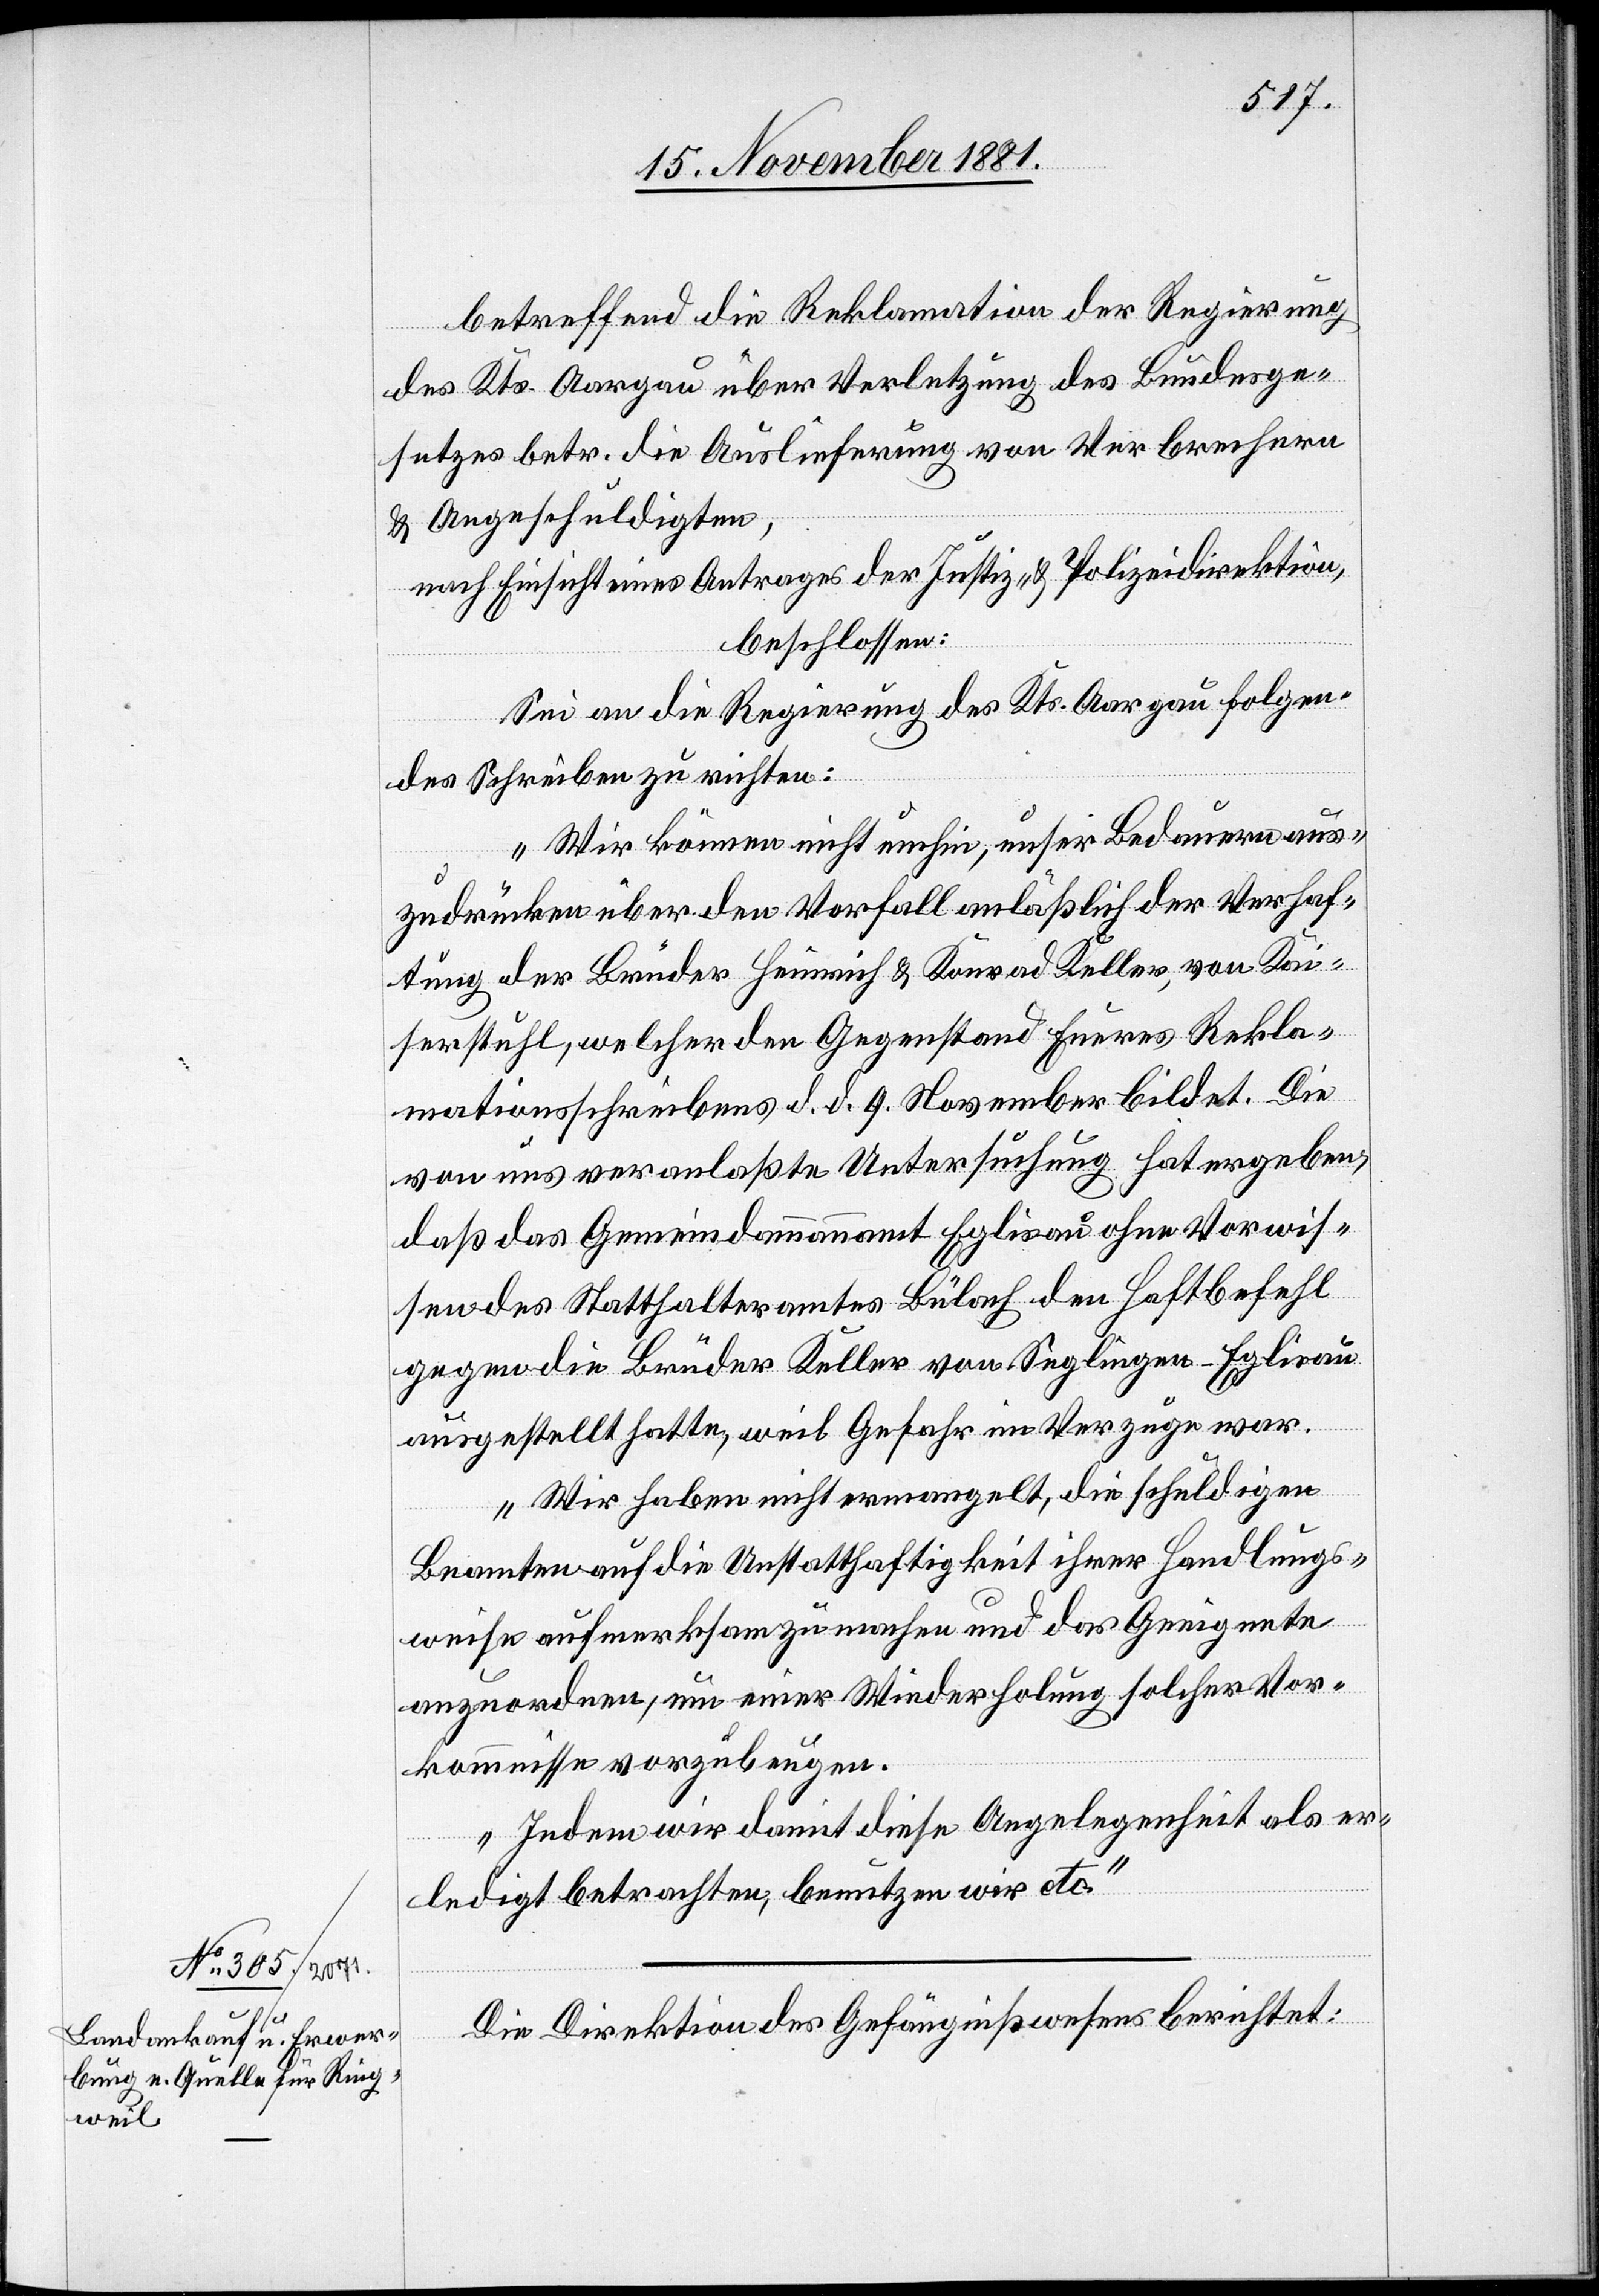
betreffend die Reklamation der Regierung
des Kts. Aargau über Verletzung des Bundesge¬
setzes betr. die Auslieferung von Verbrechern
& Angeschuldigten,
nach Einsicht eines Antrages der Justiz- & Polizeidirektion,
beschlossen:
Sei an die Regierung des Kts. Aargau folgen¬
des Schreiben zu richten:
„Wir können nicht umhin, unser Bedauern aus¬
zudrücken über den Vorfall anläßlich der Verhaf¬
tung der Brüder Heinrich & Konrad Keller, von Kai¬
serstuhl, welcher den Gegenstand Eures Rekla¬
mationsschreibens d. d. 9. November bildet. Die
von uns veranlaßte Untersuchung hat ergeben,
daß das Gemeindammannamt Eglisau ohne Vorwis¬
sen des Statthalteramtes Bülach den Haftbefehl
gegen die Brüder Keller von Seglingen - Eglisau
ausgestellt hatte, weil Gefahr im Verzuge war.
Wir haben nicht ermangelt, die schuldigen
Beamten auf die Unstatthaftigkeit ihrer Handlungs¬
weise aufmerksam zu machen und das Geeignete
anzuordnen, um einer Wiederholung solcher Vor¬
kommnisse vorzubeugen.
Indem wir damit diese Angelegenheit als er¬
ledigt betrachten, benutzen wir etc.“
Die Direktion des Gefängnißwesens berichtet: